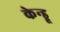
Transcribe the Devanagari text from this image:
केन्ड्रू